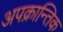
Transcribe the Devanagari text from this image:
अपक्रान्तिक